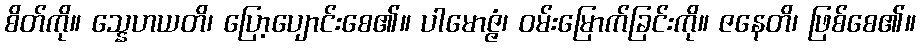
စိတ်ကို။ သ္နေဟယတိ၊ ပြော့ပျောင်းစေ၏။ ပါမောဇ္ဇံ၊ ဝမ်းမြောက်ခြင်းကို။ ဇနေတိ၊ ဖြစ်စေ၏။